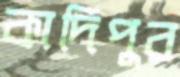
কাদিপুর